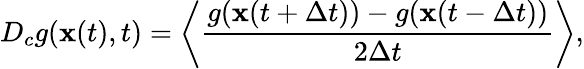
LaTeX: D_{c}g({\mathbf x}(t),t)=\left<\frac{g({\mathbf x}(t+\Delta t))-g({\mathbf x}(t-\Delta t))}{2\Delta t}\right>,